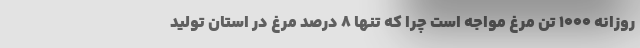
روزانه ۱۰۰۰ تن مرغ مواجه است چرا که تنها ۸ درصد مرغ در استان تولید